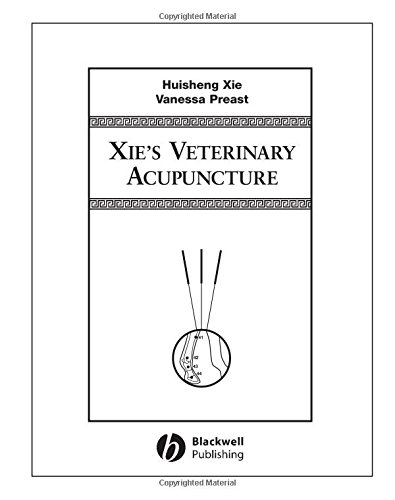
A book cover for Xie's Veterinary Acupuncture; Huisheng Xie; Health, Fitness & Dieting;